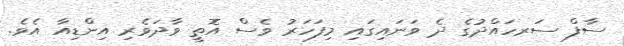
ސާފް ސަރހައްދުގެ ދެ ވަނައިގައި މިފަހަރު ވެސް އޮތީ ވާދަވެރި އިންޑިއާ އެވެ.